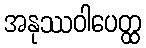
အနုဿဝါပေတ္ထ